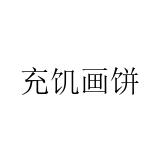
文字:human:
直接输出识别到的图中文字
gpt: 充饥画饼